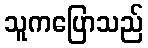
သူကပြောသည်